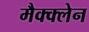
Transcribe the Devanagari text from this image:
मैक्क्लेन